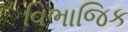
વિભાજિક